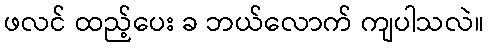
ဖလင် ထည့်ပေး ခ ဘယ်လောက် ကျပါသလဲ။